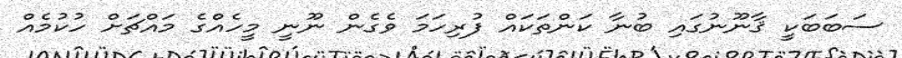
ސަބަބަކީ ޤާނޫނުގައި ބުނާ ކަންތަކައް ފުރިހަމަ ވެގެން ނޫނީ މީހެއްގެ މައްޗަށް ހުކުމެއް